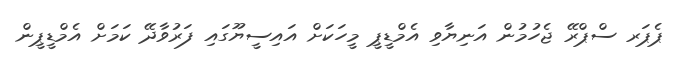
ޕެޕަރ ސްޕްރޭ ޖެހުމުން އަނިޔާވި އެމްޑީޕީ މީހަކަށް އައިސީޔޫގައި ފަރުވާދޭ ކަމަށް އެމްޑީޕީން